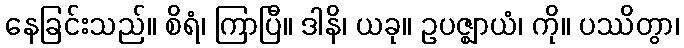
နေခြင်းသည်။ စိရံ၊ ကြာပြီ။ ဒါနိ၊ ယခု။ ဥပဇ္ဈာယံ၊ ကို။ ပဿိတွာ၊